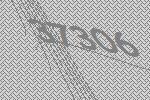
37306